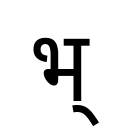
OCR:
भ्